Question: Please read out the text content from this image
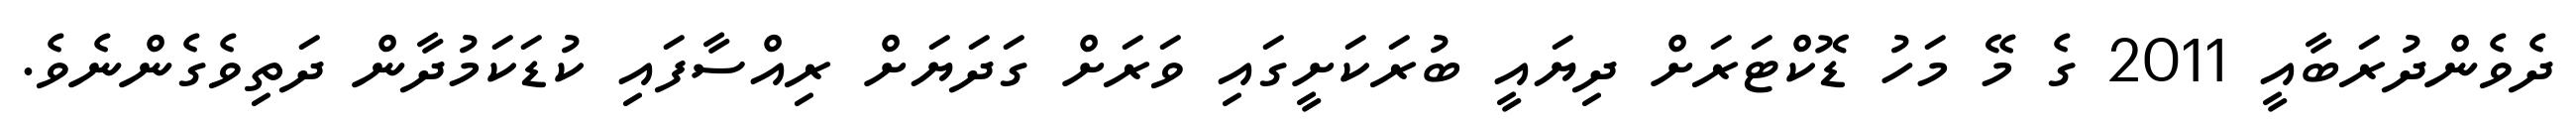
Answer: ދެވެންދުރަބާއީ 2011 ގެ މޭ މަހު ޑޮކްޓަރަށް ދިޔައީ ބުރަކަށީގައި ވަރަށް ގަދަޔަށް ރިއްސާފައި ކުޑަކަމުދާން ދަތިވެގެންނެވެ.